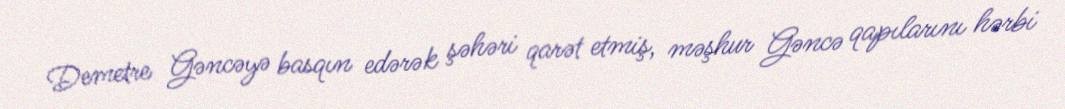
Demetre Gəncəyə basqın edərək şəhəri qarət etmiş, məşhur Gəncə qapılarını hərbi